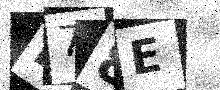
Text: R78E